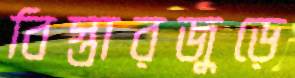
বিস্তারজুড়ে